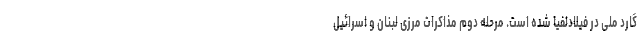
گارد ملی در فیلادلفیا شده است. مرحله دوم مذاکرات مرزی لبنان و اسرائیل